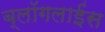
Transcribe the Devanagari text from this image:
ब्लॉगलाईंस